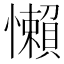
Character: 懶